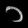
Digit: ၁